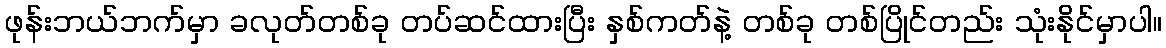
ဖုန်းဘယ်ဘက်မှာ ခလုတ်တစ်ခု တပ်ဆင်ထားပြီး နှစ်ကတ်နဲ့ တစ်ခု တစ်ပြိုင်တည်း သုံးနိုင်မှာပါ။